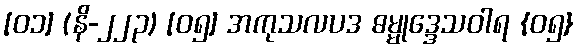
[၀၁] (နိ-၂၂၃) [၀၅] အကုသလပဒ ဓမ္မုဒ္ဒေသဝါရ {၀၅}